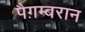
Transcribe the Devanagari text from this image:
पैग़म्बरान